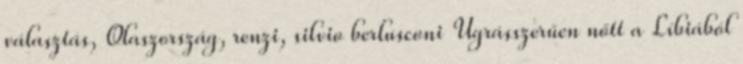
választás, Olaszország, renzi, silvio berlusconi Ugrásszerűen nőtt a Líbiából